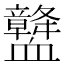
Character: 𧗛